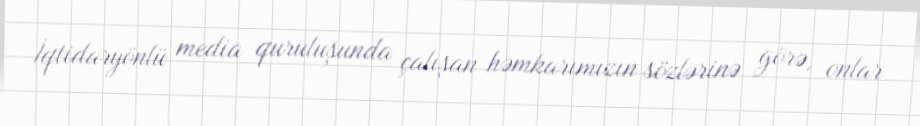
İqtidaryönlü media quruluşunda çalışan həmkarımızın sözlərinə görə, onlar